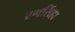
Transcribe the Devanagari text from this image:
रणसिंहा